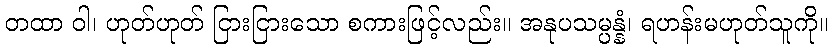
တထာ ဝါ၊ ဟုတ်ဟုတ် ငြားငြားသော စကားဖြင့်လည်း။ အနုပသမ္ပန္နံ၊ ရဟန်းမဟုတ်သူကို။